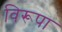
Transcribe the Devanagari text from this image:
विरूपा